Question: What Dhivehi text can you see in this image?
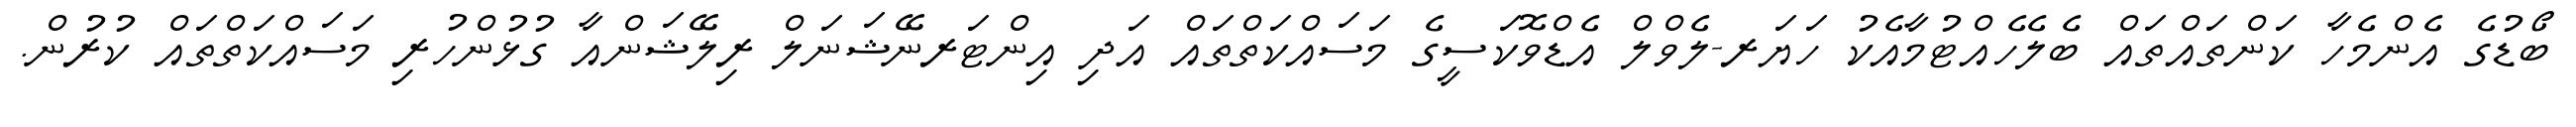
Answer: ބޯޑުގެ އެންމެހާ ކަންތައްތައް ބެލެހެއްޓުމާއެކު ހަޔަރ-ލެވްލް އެޑްވޮކަސީގެ މަސައްކަތްތައް އަދި އިންޓަރނޭޝަނަލް ރިލޭޝަންއާ ގުޅުންހުރި މަސައްކަތްތައް ކުރުން.